Account of plague administration in the Bombay Presidency from September 1896 till May 1897
Year: 1896
Disease focus: Plague
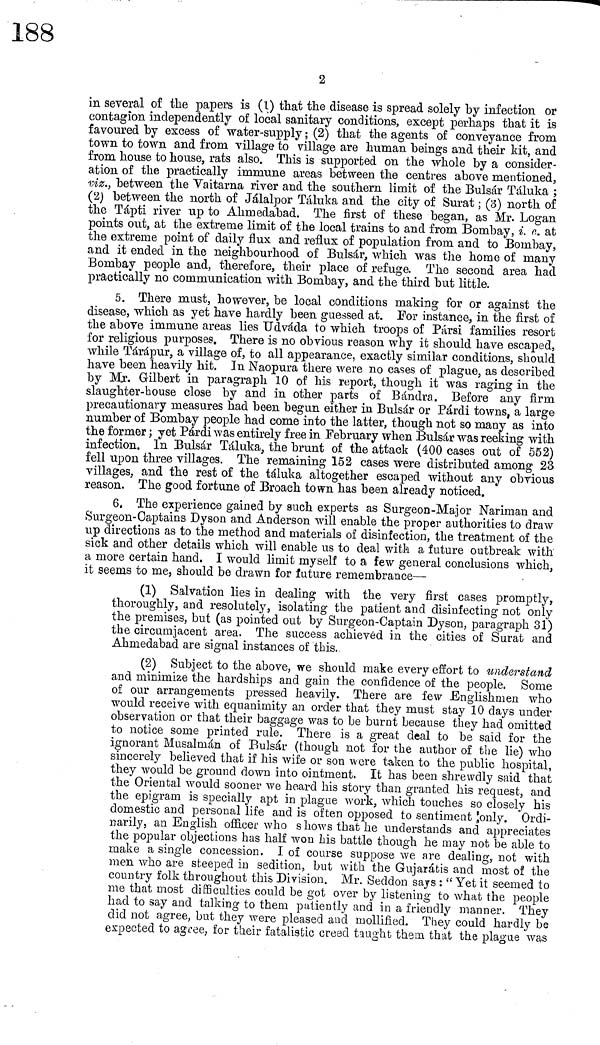
2
in several of the papers is (1) that the disease is spread solely by infection or
contagion independently of local sanitary conditions, except perhaps that it is
favoured by excess of water-supply ; (2) that the agents of conveyance from
town to town and from village to village are human beings and their kit, and
from house to house, rats also. This is supported on the whole by a consider-
ation of the practically immune areas between the centres above mentioned,
viz., between the Vaitarna river and the southern limit of the Bulsár Táluka ;
(2) between the north of Jálalpor Táluka and the city of Surat ; (3) north of
the Tápti river up to Ahmedabad. The first of these began, as Mr. Logan
points out, at the extreme limit of the local trains to and from Bombay, i. c. at
the extreme point of daily flux and reflux of population from and to Bombay,
and it ended in the neighbourhood of Bulsár, which was the home of many
Bombay people and, therefore, their place of refuge. The second area had
practically no communication with Bombay, and the third but little.
5. There must, however, be local conditions making for or against the
disease, which as yet have hardly been guessed at. For instance, in the first of
the above immune areas lies Udváda to which troops of Pársi families resort
for religious purposes. There is no obvious reason why it should have escaped,
while Tárápur, a village of, to all appearance, exactly similar conditions, should
have been heavily hit. In Naopura there were no cases of plague, as described
by Mr. Gilbert in paragraph 10 of his report, though it was raging in the
slaughter-house close by and in other parts of Bándra. Before any firm
precautionary measures had been begun either in Bulsár or Párdi towns, a large
number of Bombay people had come into the latter, though not so many as into
the former ; yet Párdi was entirely free in February when Bulsár was reeking with
infection. In Bulsár Táluka, the brunt of the attack (400 cases out of 552)
fell upon three villages. The remaining 152 cases were distributed among 23
villages, and the rest of the táluka altogether escaped without any obvious
reason. The good fortune of Broach town has been already noticed.
6. The experience gained by such experts as Surgeon-Major Nariman and
Surgeon-Captains Dyson and Anderson will enable the proper authorities to draw
up directions as to the method and materials of disinfection, the treatment of the
sick and other details which will enable us to deal with a future outbreak with
a more certain hand. I would limit myself to a few general conclusions which,
it seems to me, should be drawn for future remembrance—
(1) Salvation lies in dealing with the very first cases promptly,
thoroughly, and resolutely, isolating the patient and disinfecting not only
the premises, but (as pointed out by Surgeon-Captain Dyson, paragraph 31)
the circumjacent area. The success achieved in the cities of Surat and
Ahmedabad are signal instances of this.
(2) Subject to the above, we should make every effort to understand
and minimize the hardships and gain the confidence of the people. Some
of our arrangements pressed heavily. There are few Englishmen who
would receive with equanimity an order that they must stay 10 days under
observation or that their baggage was to be burnt because they had omitted
to notice some printed rule. There is a great deal to be said for the
ignorant Musalmán of Bulsár (though not for the author of the lie) who
sincerely believed that if his wife or son were taken to the public hospital,
they would be ground down into ointment. It has been shrewdly said that
the Oriental would sooner we heard his story than granted his request, and
the epigram is specially apt in plague work, which touches so closely his
domestic and personal life and is often opposed to sentiment only. Ordi-
narily, an English officer who s hows that he understands and appreciates
the popular objections has half won his battle though he may not be able to
make a single concession. I. of course suppose we are dealing, not with
men who are steeped in sedition, but with the Gujarátis and most of the
country folk throughout this Division. Mr. Seddon says : " Yet it seemed to
me that most difficulties could be got over by listening to what the people
had to say and talking to them patiently and in a friendly manner. They
did not agree, but they were pleased and mollified. They could hardly be
expected to agree, for their fatalistic creed taught them that the plague was